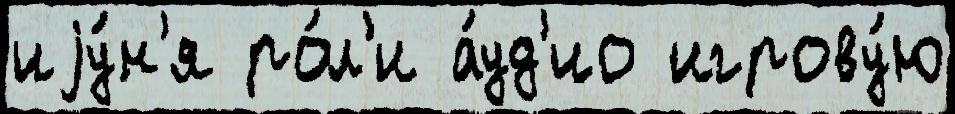
иjу́н'я ро́л'и а́уд'ио игрову́ю